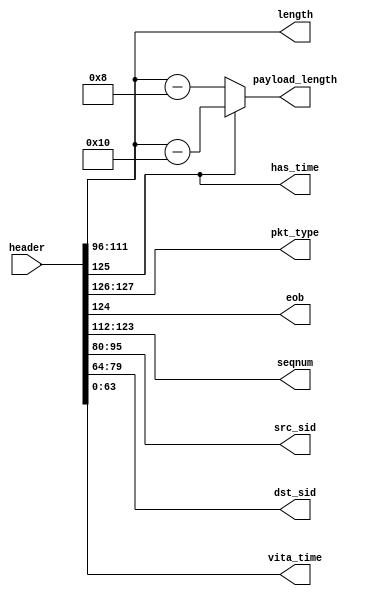
//
// Copyright 2016 Ettus Research
//
// Decoder header word into CVITA header fields

module cvita_hdr_decoder (
  input [127:0] header,
  output [1:0] pkt_type, output eob, output has_time,
  output [11:0] seqnum, output [15:0] length, output [15:0] payload_length,
  output [15:0] src_sid, output [15:0] dst_sid,
  output [63:0] vita_time
);

  wire [63:0] hdr[0:1];
  assign hdr[0] = header[127:64];
  assign hdr[1] = header[63:0];

  assign pkt_type  = hdr[0][63:62];
  assign has_time  = hdr[0][61];
  assign eob       = hdr[0][60];
  assign seqnum    = hdr[0][59:48];
  assign length    = hdr[0][47:32];
  assign src_sid   = hdr[0][31:16];
  assign dst_sid   = hdr[0][15:0];
  assign vita_time = hdr[1];

  assign payload_length = has_time ? length - 16'd16 : length - 16'd8;

endmodule